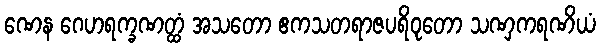
ဏေန ဂေဟရက္ခဏတ္ထံ အသတော ဧကသတရာဇပရိဝုတော သဏှကရဏိယံ